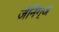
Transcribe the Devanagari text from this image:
जेनिंग्ज